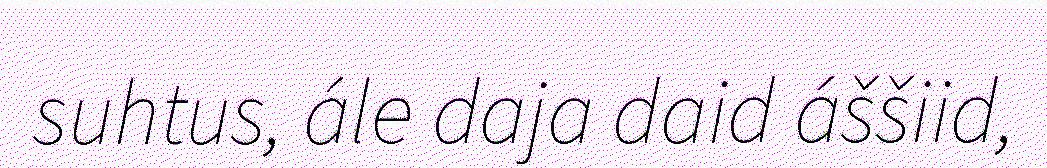
suhtus, ále daja daid áššiid,